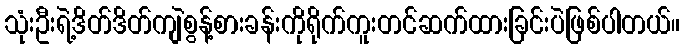
သုံးဦးရဲ့ဒိတ်ဒိတ်ကျဲစွန့်စားခန်းကိုရိုက်ကူးတင်ဆက်ထားခြင်းပဲဖြစ်ပါတယ်။